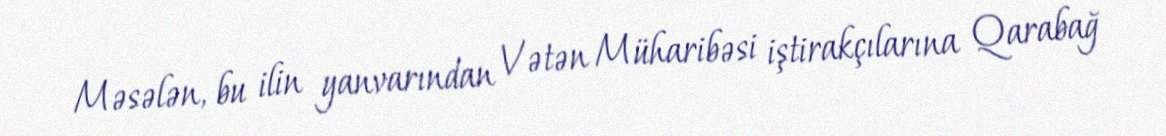
Məsələn, bu ilin yanvarından Vətən Müharibəsi iştirakçılarına Qarabağ